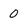
Character: 0